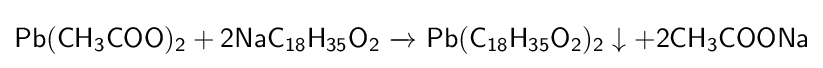
{\mathsf {Pb(CH_{3}COO)_{2}+2NaC_{18}H_{35}O_{2}\ {\xrightarrow {}}\ Pb(C_{18}H_{35}O_{2})_{2}\downarrow +2CH_{3}COONa}}